Vaccination in Bombay 1863-1868 - 1863-1868
Year: 1863
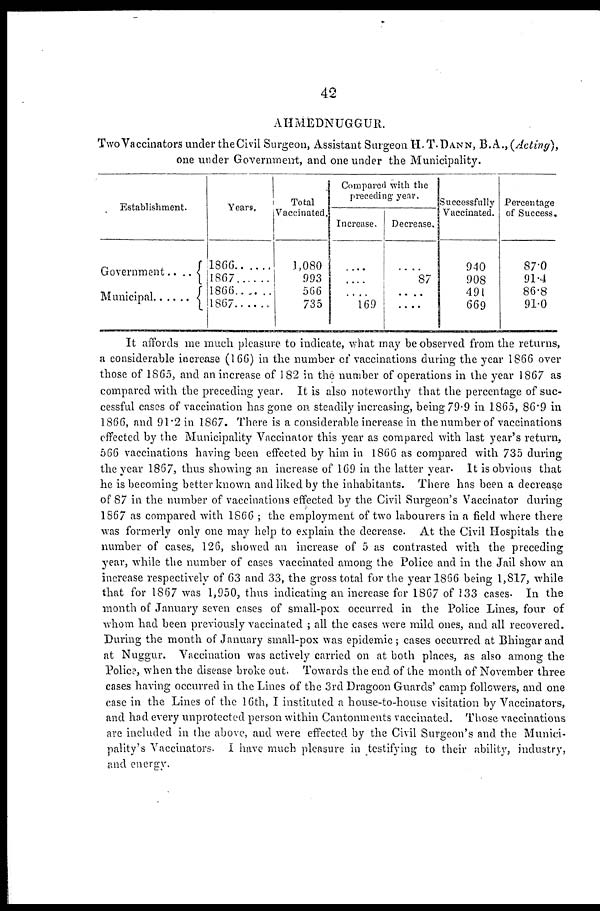
42
AHMEDNUGGUR.
Two Vaccinators under the Civil Surgeon, Assistant Surgeon H. T. DANN, B. A., (Acting),
one under Government, and one under the Municipality.
Establishment.
Government
....
Municipal ......
Years.
1866
1867
1866......
1867
Total
Vaccinated.
1,080
993
566
735
Compared with the
preceding year.
Increase.
....
....
....
169
Decrease,
....
87
....
....
Successfully
Vaccinated.
940
90S
491
669
Percentage
of Success.
87.0
91.4
86.8
91.0
It affords me much pleasure to indicate, what may be observed from the returns,
a considerable increase (166) in the number of vaccinations during the year 1866 over
those of 1865, and an increase of 182 in the number of operations in the year 1867 as
compared with the preceding year. It is also noteworthy that the percentage of suc-
cessful cases of vaccination has gone on. steadily increasing, being 79.9 in 1865, 86.9 in
1866, and 91.2 in 1867. There is a considerable increase in the number of vaccinations
effected by the Municipality Vaccinator this year as compared with last year's return,
566 vaccinations having been effected by him in 1866 as compared with 735 during
the year 1867, thus showing an increase of 169 in the latter year. It is obvious that
he is becoming better known and liked by the inhabitants. There has been a decrease
of 87 in the number of vaccinations effected by the Civil Surgeon's Vaccinator during
1867 as compared with 1866 ; the employment of two labourers in a field where there
was formerly only one may help to explain the decrease. At the Civil Hospitals the
number of cases, 126, showed an increase of 5 as contrasted with the preceding
year, while the number of cases vaccinated among the Police and in the Jail show an
increase respectively of 63 and 33, the gross total for the year 1866 being 1,817, while
that for 1867 was 1,950, thus indicating an increase for 1867 of 133 cases. In the
month of January seven cases of small-pox occurred in the Police Lines, four of
whom had been previously vaccinated ; all the cases were mild ones, and all recovered.
During the month of January small-pox was epidemic ; cases occurred at Bhingar and
at Nuggur. Vaccination was actively carried on at both places, as also among the
Police, when the disease broke out. Towards the end of the month of November three
cases having occurred in the Lines of the 3rd Dragoon Guards' camp followers, and one
case in the Lines of the 16th, I instituted a house-to-house visitation by Vaccinators,
and had every unprotected person within Cantonments vaccinated. Those vaccinations
are included in the above, and were effected by the Civil Surgeon's and the Munici-
pality's Vaccinators. I have much pleasure in testifying to their ability, industry,
and energy.